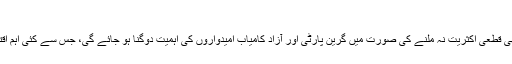
قدامت پسند پارٹی کے رہنما ٹونی ایبٹ
دونوں اہم سیاسی جماعتوں میں سے کسی کو بھی قطعی اکثریت نہ ملنے کی صورت میں گرین پارٹی اور آزاد کامیاب امیدواروں کی اہمیت دوگنا ہو جائے گی، جس سے کئی اہم اقتصادی پالیسیوں میں تبدیلی ممکن ہو سکتی ہے۔